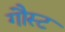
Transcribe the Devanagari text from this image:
गौस्ट